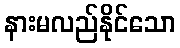
နားမလည်နိုင်သော